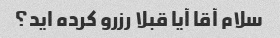
سلام آقا آیا قبلا رزرو کرده اید؟